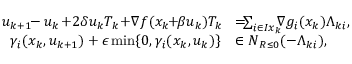
\begin{array} { r l } { u _ { k + 1 } \! \! - u _ { k } \! + \! 2 \delta u _ { k } T _ { k } \! + \! \nabla f ( x _ { k } \! \! + \! \! \beta u _ { k } ) T _ { k } \! } & { = \! \! \! \sum _ { i \in I _ { Ḋ } x _ { k } Ḍ } \! \! \! \nabla g _ { i } ( x _ { k } ) \Lambda _ { k i } , } \\ { \gamma _ { i } ( x _ { k } , u _ { k + 1 } ) + \epsilon \operatorname* { m i n } \{ 0 , \gamma _ { i } ( x _ { k } , u _ { k } ) \} } & { \in N _ { \mathbb Ḋ R Ḍ _ { Ḋ } \leq 0 Ḍ } ( - \Lambda _ { k i } ) , } \end{array}